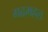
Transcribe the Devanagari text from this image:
गढमहल